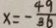
x = - \frac { 4 9 } { 3 6 }